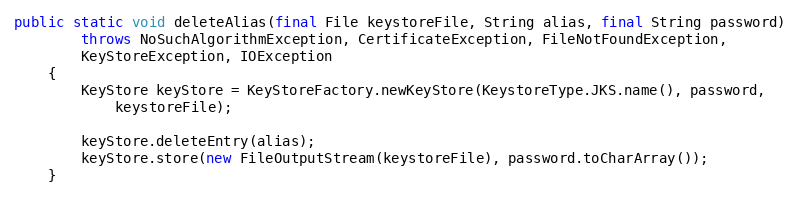
Language: Java
public static void deleteAlias(final File keystoreFile, String alias, final String password)
		throws NoSuchAlgorithmException, CertificateException, FileNotFoundException,
		KeyStoreException, IOException
	{
		KeyStore keyStore = KeyStoreFactory.newKeyStore(KeystoreType.JKS.name(), password,
			keystoreFile);

		keyStore.deleteEntry(alias);
		keyStore.store(new FileOutputStream(keystoreFile), password.toCharArray());
	}